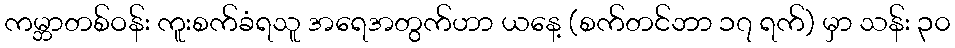
ကမ္ဘာတစ်ဝန်း ကူးစက်ခံရသူ အရေအတွက်ဟာ ယနေ့ (စက်တင်ဘာ ၁၇ ရက်) မှာ သန်း ၃၀